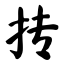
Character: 抟